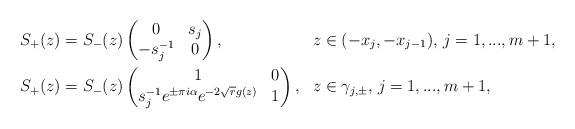
LaTeX: \begin{align*}& S_{+}(z) = S_{-}(z)\begin{pmatrix}0 & s_{j} \\ -s_{j}^{-1} & 0\end{pmatrix}, & & z \in (-x_{j},-x_{j-1}), \, j = 1,...,m+1, \\& S_{+}(z) = S_{-}(z)\begin{pmatrix}1 & 0 \\s_{j}^{-1}e^{\pm \pi i \alpha}e^{-2\sqrt{r}g(z)} & 1\end{pmatrix}, & & z \in \gamma_{j,\pm}, \, j = 1,...,m+1,\end{align*}